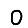
Digit: 0